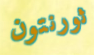
ثورنتون